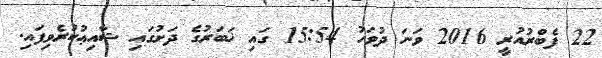
22 ފެބްރުއުރީ 2016 ވަނަ ދުވަހު 15:54 ގައި ޚަބަރުގެ ދަށުގައި ޝާއިޢުކުރެވިފައި.